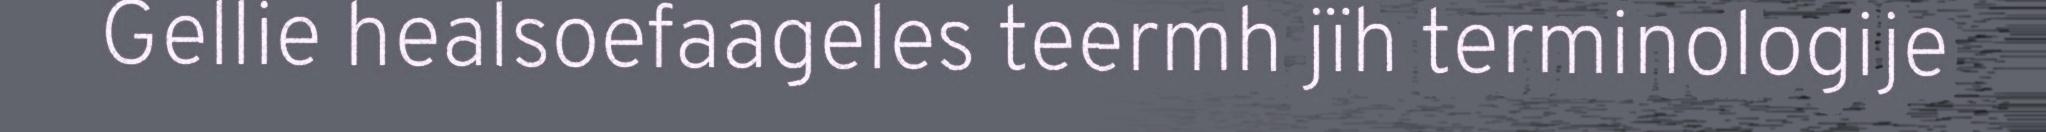
Gellie healsoefaageles teermh jïh terminologije